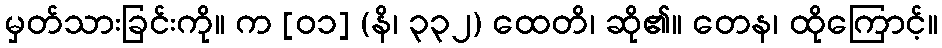
မှတ်သားခြင်းကို။ က [၀၁] (နိ၊ ၃၃၂) ထေတိ၊ ဆို၏။ တေန၊ ထိုကြောင့်။